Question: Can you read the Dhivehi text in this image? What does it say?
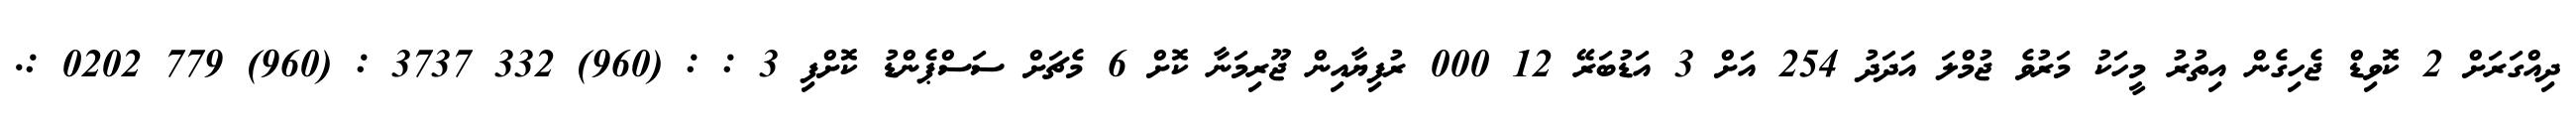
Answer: ދިއްގަރަށް 2 ކޮވިޑް ޖެހިގެން އިތުރު މީހަކު މަރުވެ ޖުމްލަ އަދަދު 254 އަށް 3 އަޑުބަރޭ 12 000 ރުފިޔާއިން ޖޫރިމަނާ ކޮށް 6 މެޗަށް ސަސްޕެންޑު ކޮށްފި 3 : : (960) 332 3737 : (960) 779 0202 :.